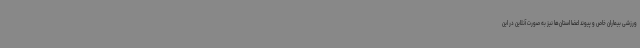
ورزشی بیماران خاص و پیوند اعضا استان‌ها نیز به صورت آنلاین در این